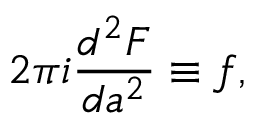
2 \pi i \frac { d ^ { 2 } F } { d a ^ { 2 } } \equiv f ,